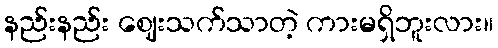
နည်းနည်း ဈေးသက်သာတဲ့ ကားမရှိဘူးလား။